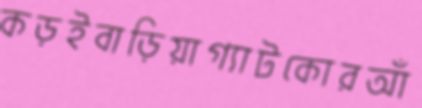
কড়ইবাড়িয়াগ্যাটকোরআঁ